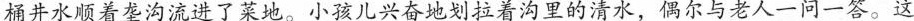
桶井水顺着垄沟流进了菜地。小孩儿兴奋地划拉着沟里的清水，偶尔与老人一问一答。这